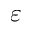
\varepsilon